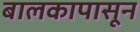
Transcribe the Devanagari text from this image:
बालकापासून